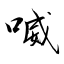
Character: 喴